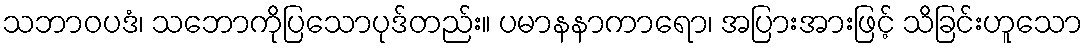
သဘာဝပဒံ၊ သဘောကိုပြသောပုဒ်တည်း။ ပမာနနာကာရော၊ အပြားအားဖြင့် သိခြင်းဟူသော